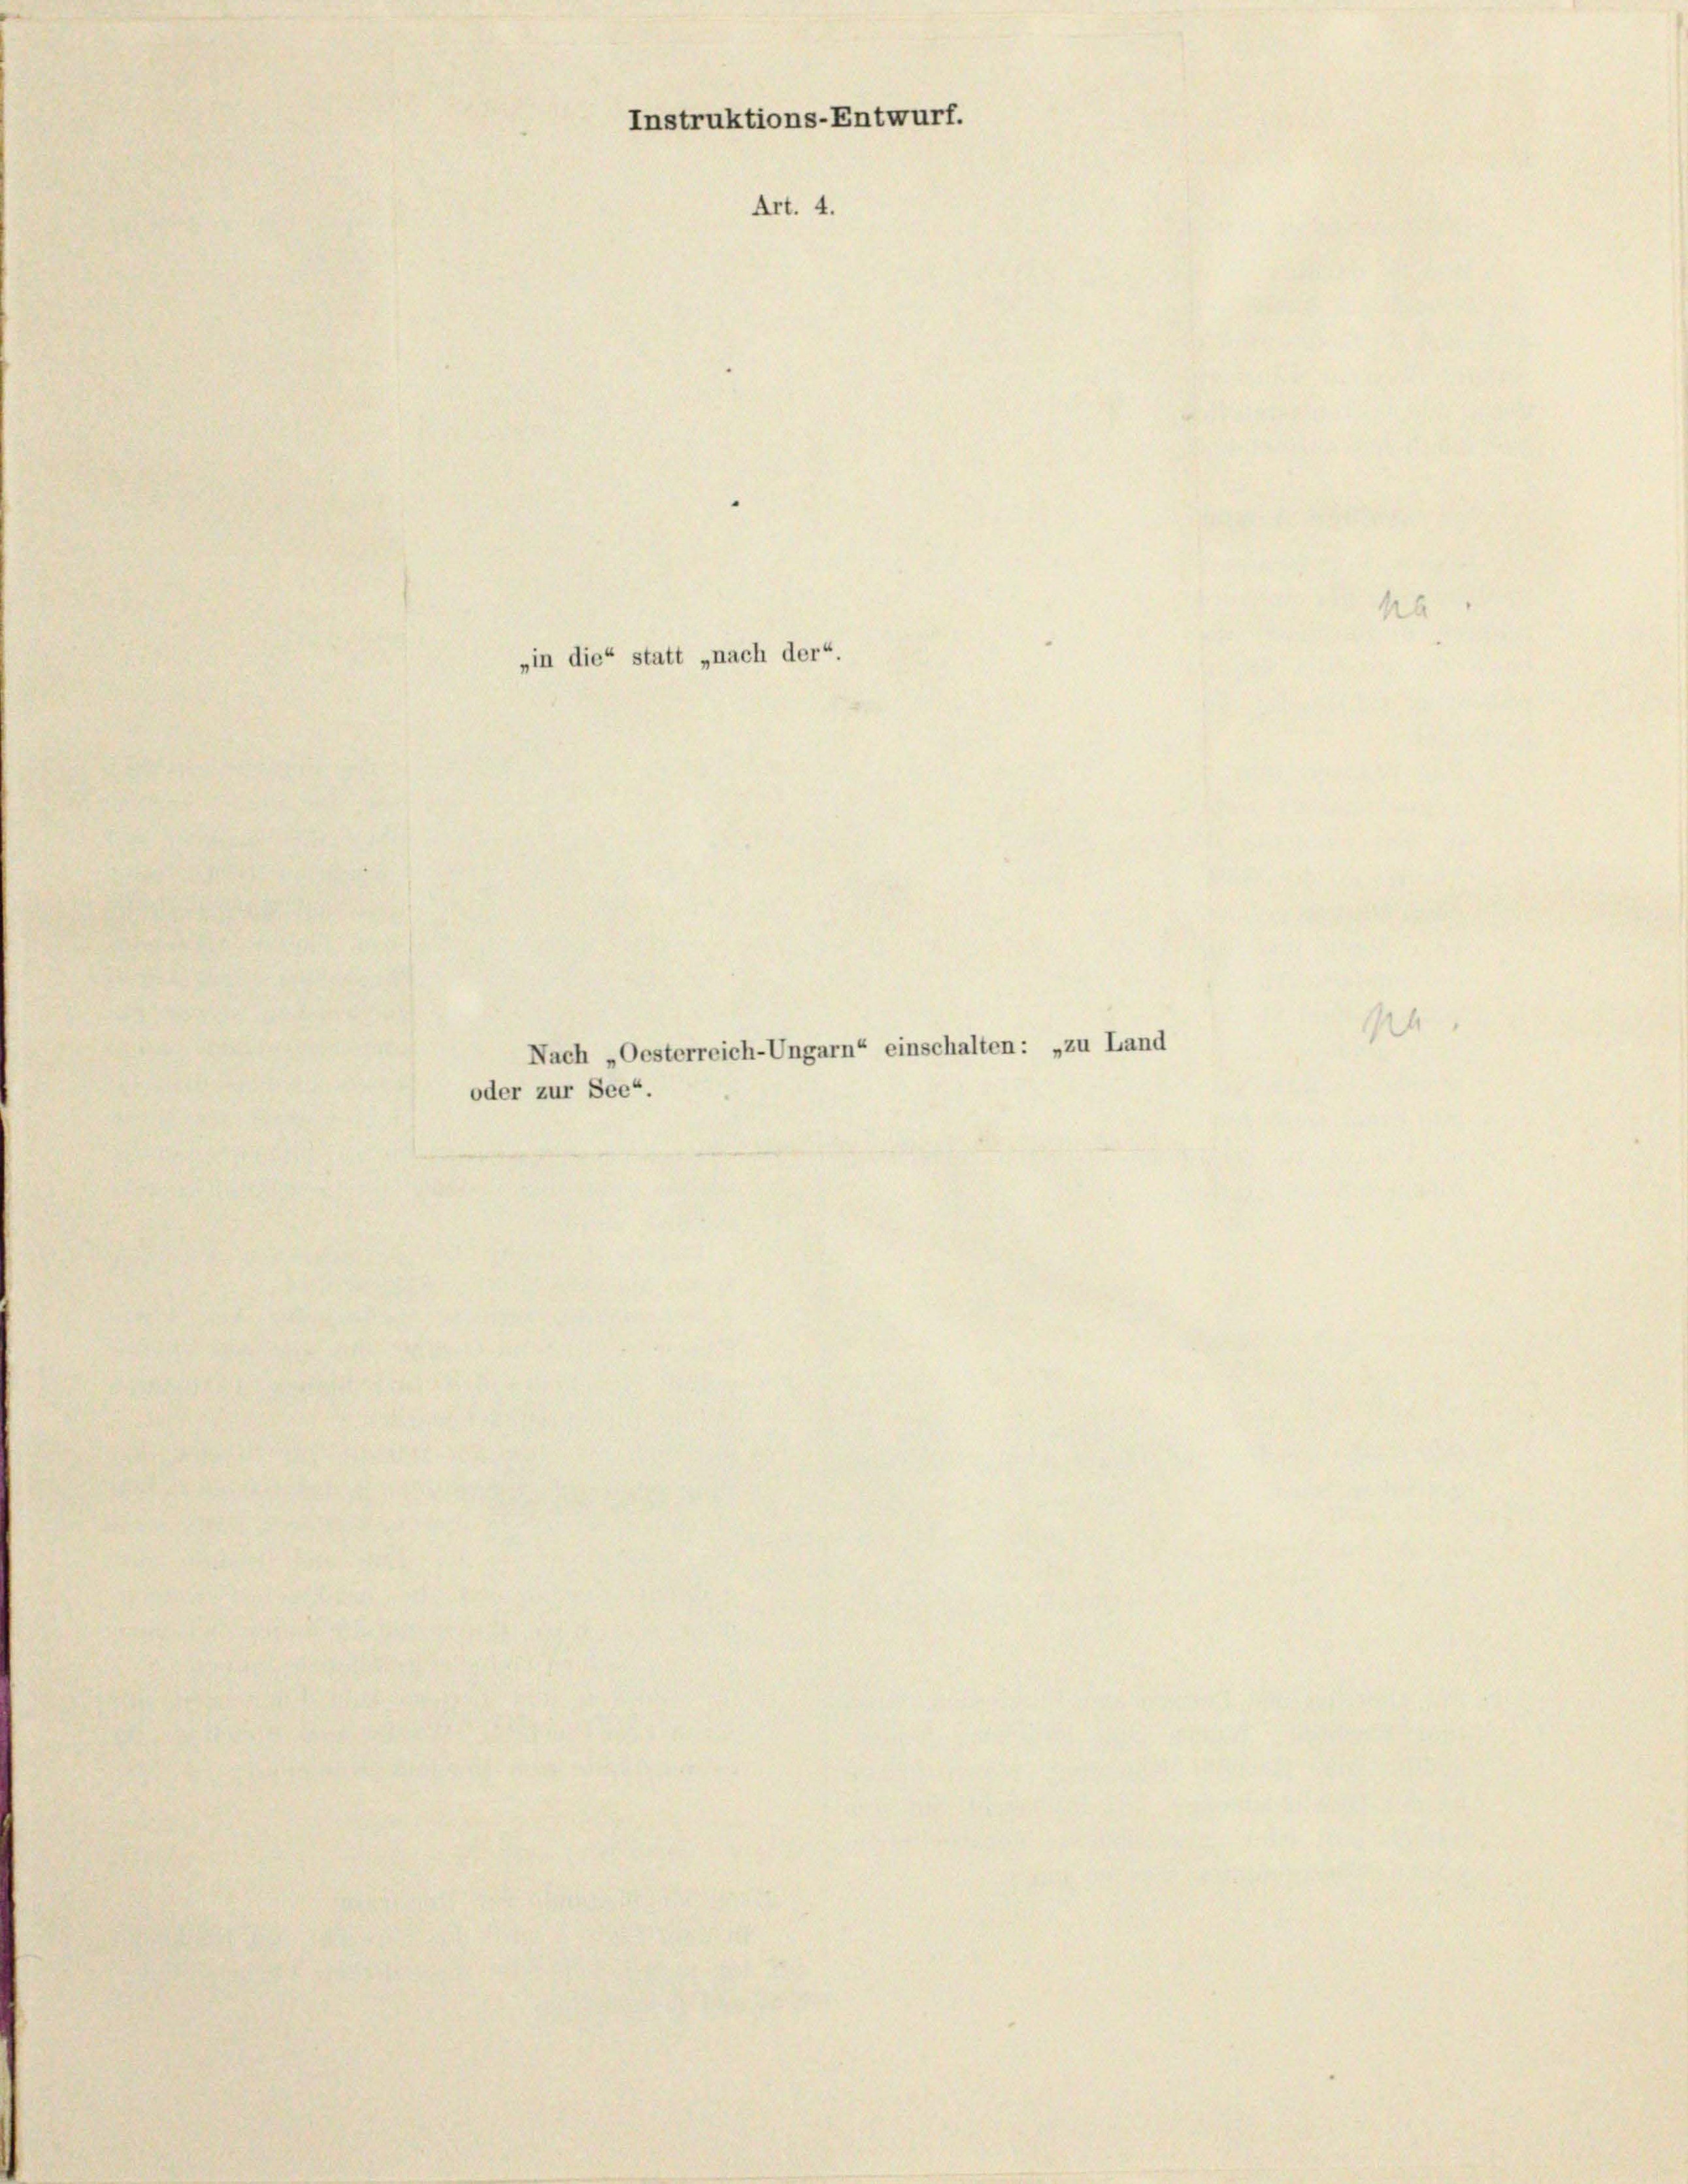
Instruktions-Entwurf.
Art. 4.

„in die“ statt „nach der“.

oder zur See“.

Nach „Oesterreich-Ungarn“ einschalten: „zu Land

h